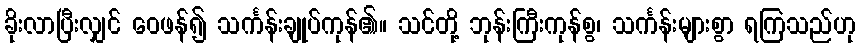
ခိုးလာပြီးလျှင် ဝေဖန်၍ သင်္ကန်းချုပ်ကုန်၏။ သင်တို့ ဘုန်းကြီးကုန်စွ၊ သင်္ကန်းများစွာ ရကြသည်ဟု